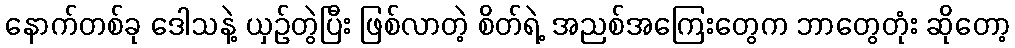
နောက်တစ်ခု ဒေါသနဲ့ ယှဉ်တွဲပြီး ဖြစ်လာတဲ့ စိတ်ရဲ့ အညစ်အကြေးတွေက ဘာတွေတုံး ဆိုတော့